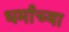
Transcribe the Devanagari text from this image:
धर्माच्‍या